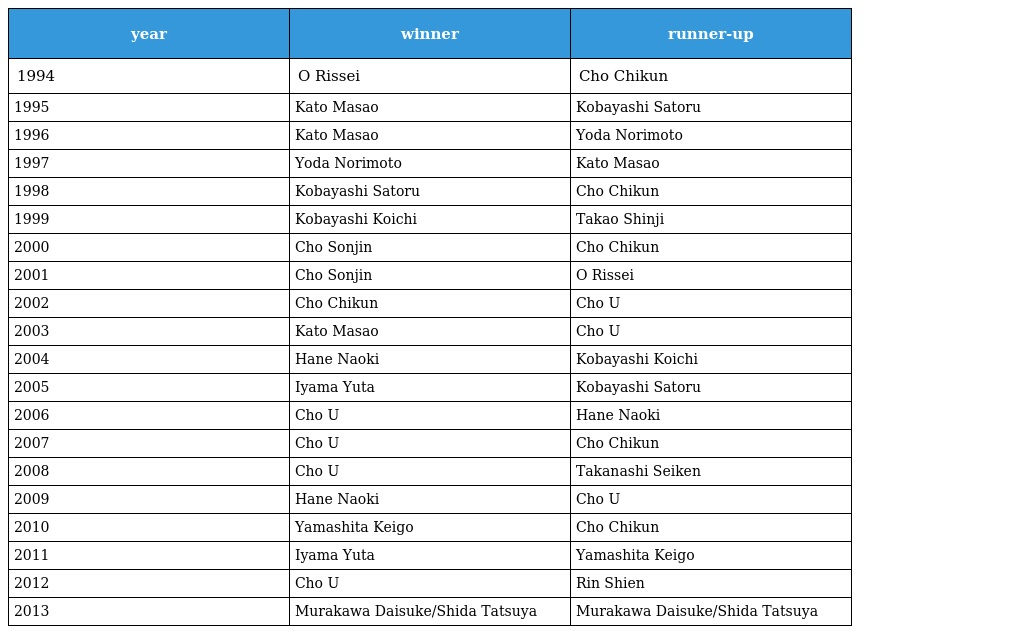
| year | winner | runner-up |
 | --- | --- | --- |
 | 1994 | O Rissei | Cho Chikun |
 | 1995 | Kato Masao | Kobayashi Satoru |
 | 1996 | Kato Masao | Yoda Norimoto |
 | 1997 | Yoda Norimoto | Kato Masao |
 | 1998 | Kobayashi Satoru | Cho Chikun |
 | 1999 | Kobayashi Koichi | Takao Shinji |
 | 2000 | Cho Sonjin | Cho Chikun |
 | 2001 | Cho Sonjin | O Rissei |
 | 2002 | Cho Chikun | Cho U |
 | 2003 | Kato Masao | Cho U |
 | 2004 | Hane Naoki | Kobayashi Koichi |
 | 2005 | Iyama Yuta | Kobayashi Satoru |
 | 2006 | Cho U | Hane Naoki |
 | 2007 | Cho U | Cho Chikun |
 | 2008 | Cho U | Takanashi Seiken |
 | 2009 | Hane Naoki | Cho U |
 | 2010 | Yamashita Keigo | Cho Chikun |
 | 2011 | Iyama Yuta | Yamashita Keigo |
 | 2012 | Cho U | Rin Shien |
 | 2013 | Murakawa Daisuke/Shida Tatsuya | Murakawa Daisuke/Shida Tatsuya |